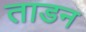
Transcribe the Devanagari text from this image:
ताडन